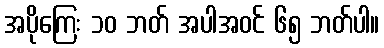
အပိုကြေး ၁၀ ဘတ် အပါအဝင် ၆၅ ဘတ်ပါ။